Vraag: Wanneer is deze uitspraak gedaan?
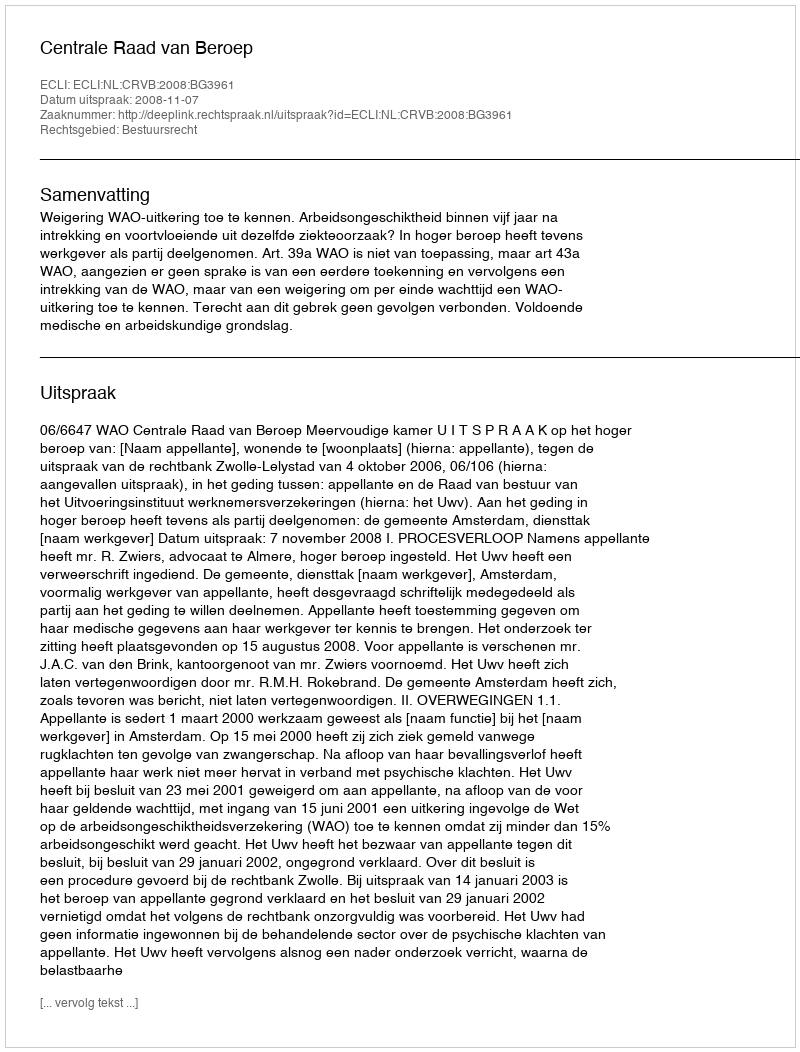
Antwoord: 2008-11-07